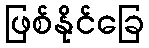
ဖြစ်နိုင်ခြေ